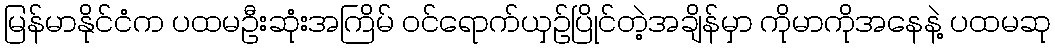
မြန်မာနိုင်ငံက ပထမဦးဆုံးအကြိမ် ဝင်ရောက်ယှဉ်ပြိုင်တဲ့အချိန်မှာ ကိုမာကိုအနေနဲ့ ပထမဆု